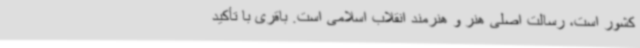
کشور است، رسالت اصلی هنر و هنرمند انقلاب اسلامی است. باقری با تأکید